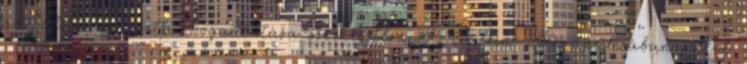
a Fallin’-ra esett. Fogadtatása szerkesztés A Fallin’ 2001 áprilisában jelent